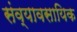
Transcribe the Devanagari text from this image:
संव्यावसायिक